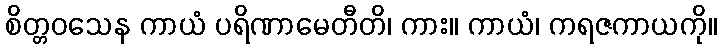
စိတ္တဝသေန ကာယံ ပရိဏာမေတီတိ၊ ကား။ ကာယံ၊ ကရဇကာယကို။